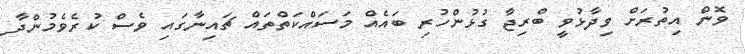
ވޮން އިތުރަށް ވިދާޅުވީ ބްރިޖާ ގުޅުންހުރި ބައެއް މަސައްކަތްތައް ޗައިނާގައި ވެސް ކުރެވެމުންދާ